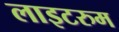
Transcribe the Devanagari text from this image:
लाइटरुम